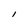
Character: l